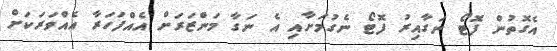
އެގޮތުން ފޮޓޯ ނަގާއިރު ފޮޓޯ ނެގުމަށާއި އެ ނަގާ މަންޒަރަށް އެއްފަހަރާ އެއްވަރަކަށް